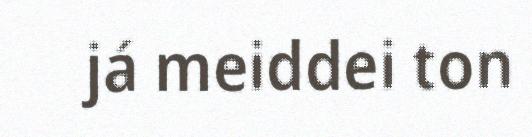
já meiddei ton